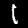
Label: 1